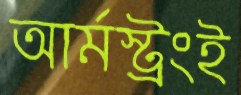
আর্মস্ট্রংই